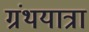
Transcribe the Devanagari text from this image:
ग्रंथयात्रा